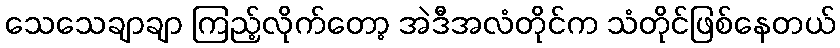
သေသေချာချာ ကြည့်လိုက်တော့ အဲဒီအလံတိုင်က သံတိုင်ဖြစ်နေတယ်